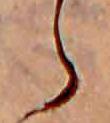
ら